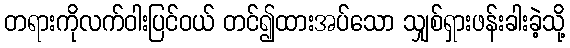
တရားကိုလက်ဝါးပြင်ဝယ် တင်၍ထားအပ်သော သျှစ်ရှားဖန်းခါးခဲ့သို့